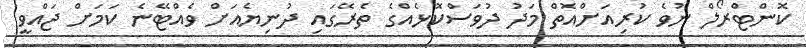
ކޮންޓްރޯލް ނުވެ ކުރިއަށްއޮތް މަދު ދުވަސްކޮޅެއްގެ ތެރޭގައި ދުނިޔެއަށް ވެއްޓޭނެ ކަމަށް ޖައްވީ